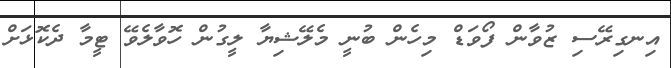
އިނގިރޭސި ޒުވާން ފޯވަޑް މިހެން ބުނީ މެލޭޝިޔާ ލީގުން ހޮވާލެވޭ ޓީމާ ދެކޮޅަށް